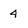
Character: 4